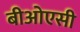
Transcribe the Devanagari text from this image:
बीओएसी